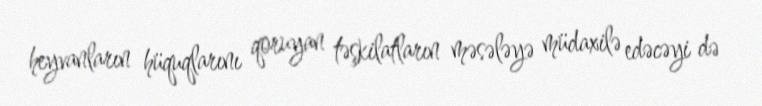
heyvanların hüquqlarını qoruyan təşkilatların məsələyə müdaxilə edəcəyi də